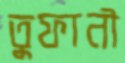
তুফানী